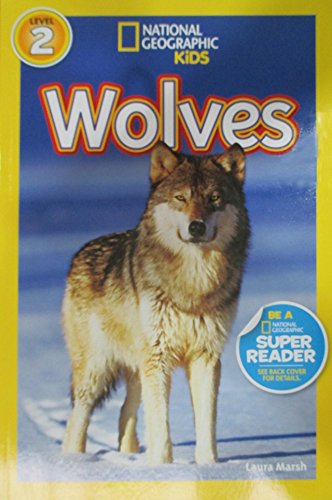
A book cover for National Geographic Readers: Wolves; Laura Marsh; Children's Books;